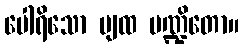
ပေါရိသော ပျထ ပဏ္ဍိတော။